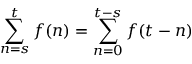
\sum _ { n = s } ^ { t } f ( n ) = \sum _ { n = 0 } ^ { t - s } f ( t - n ) \quad